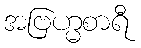
အဗြဟ္မစာရီ